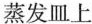
蒸发皿上